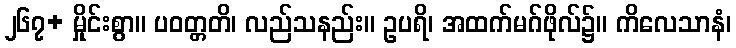
၂၆၇+ မှိုင်းစွာ။ ပဝတ္တတိ၊ လည်သနည်း။ ဥပရိ၊ အထက်မဂ်ဖိုလ်၌။ ကိလေသာနံ၊